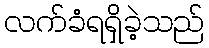
လက်ခံရရှိခဲ့သည်